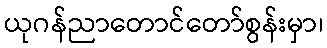
ယုဂန်ညာတောင်တော်စွန်းမှာ၊